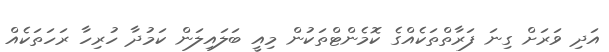
އަދި ވަރަށް ގިނަ ފަރާތްތަކެއްގެ ކޮމެންޓްތަކުން މިއީ ބަލައިލަން ކަމުދާ ހުރިހާ ރަހަތަކެއް